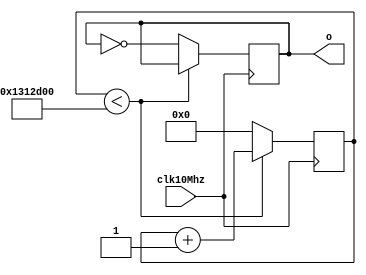
// used to test
module Clock1hz(input clk10Mhz, output reg o);
	parameter p = 20000000;
	reg [24:0] count_reg = 0;
	
	always @(posedge clk10Mhz) begin
	  if (count_reg < p) begin
			count_reg <= count_reg + 1;
	  end else begin
			count_reg <= 0;
			o <= ~o;
	  end
	end
endmodule

// used for debouncing
module Clock10hz(input clk10Mhz, output reg o);
	parameter p = 2000000;
	reg [22:0] count_reg = 0;
	
	always @(posedge clk10Mhz) begin
	  if (count_reg < p) begin
			count_reg <= count_reg + 1;
	  end else begin
			count_reg <= 0;
			o <= ~o;
	  end
	end
endmodule

// used for counting
module Clock100hz(input clk10Mhz, output reg o);
	parameter p = 200000;
	reg [22:0] count_reg = 0;
	
	always @(posedge clk10Mhz) begin
	  if (count_reg < p) begin
			count_reg <= count_reg + 1;
	  end else begin
			count_reg <= 0;
			o <= ~o;
	  end
	end
endmodule